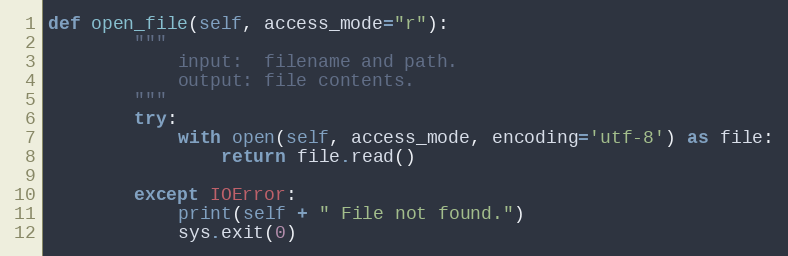
Language: Python
def open_file(self, access_mode="r"):
        """
            input:  filename and path.
            output: file contents.
        """
        try:
            with open(self, access_mode, encoding='utf-8') as file:
                return file.read()

        except IOError:
            print(self + " File not found.")
            sys.exit(0)